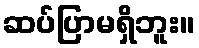
ဆပ်ပြာမရှိဘူး။